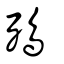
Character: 殦